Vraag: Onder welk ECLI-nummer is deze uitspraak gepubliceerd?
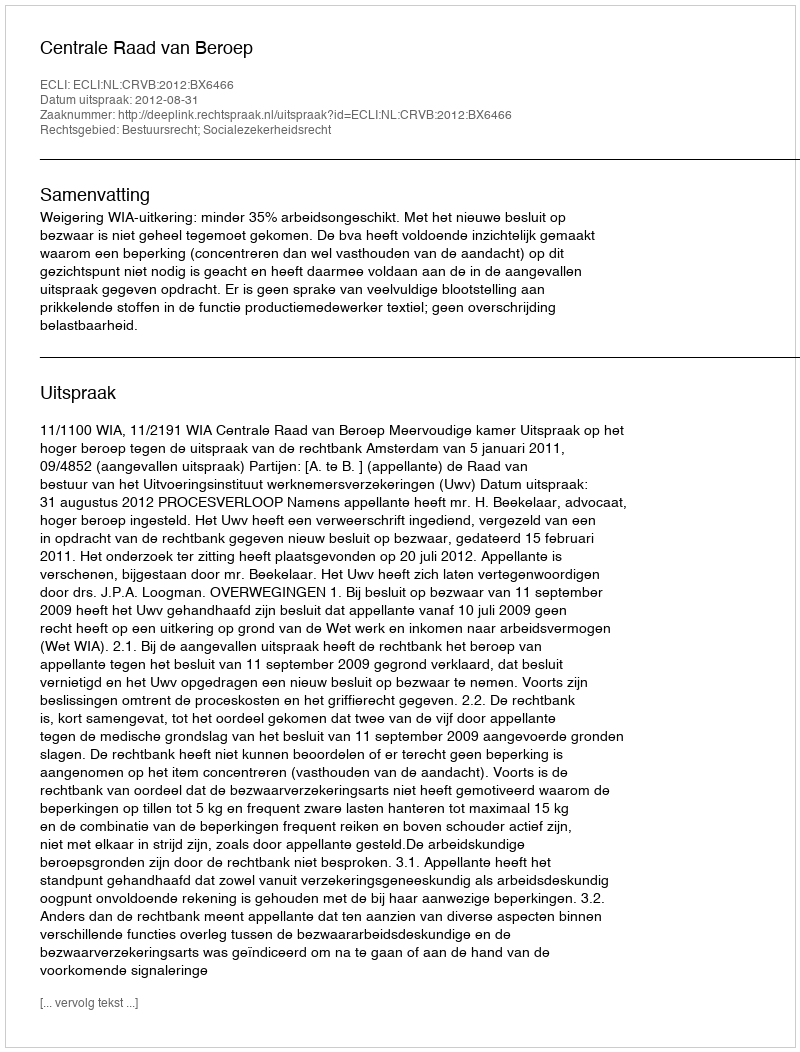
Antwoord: ECLI:NL:CRVB:2012:BX6466